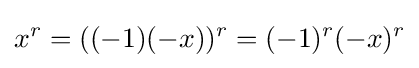
x^{r}=((-1)(-x))^{r}=(-1)^{r}(-x)^{r}